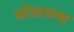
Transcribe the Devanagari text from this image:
बोलशब्द